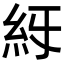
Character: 𥾙